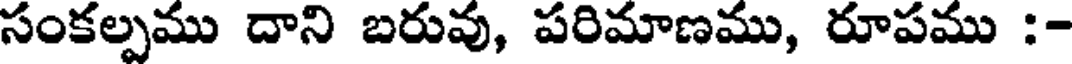
సంకల్పము దాని బరువు, పరిమాణము, రూపము :-